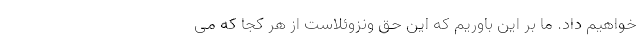
خواهیم داد. ما بر این باوریم که این حق ونزوئلاست از هر کجا که می‌